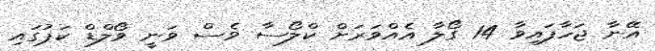
އޭނާ ޖަހާފައިވާ 14 ގޯލާ އެއްވަރަށް ކްލޯސާ ވެސް ވަނީ ވޯލްޑް ކަޕުގައި